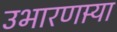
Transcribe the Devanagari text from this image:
उभारणार्‍या